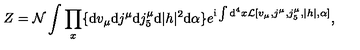
Z = { \cal N } \int \prod _ { x } \{ \mathrm { d } v _ { \mu } \mathrm { d } j ^ { \mu } \mathrm { d } j _ { 5 } ^ { \mu } \mathrm { d } | h | ^ { 2 } \mathrm { d } \alpha \} e ^ { \mathrm { i } \int \mathrm { d } ^ { 4 } x { \cal L } [ v _ { \mu } , j ^ { \mu } , j _ { 5 } ^ { \mu } , | h | , \alpha ] } ,